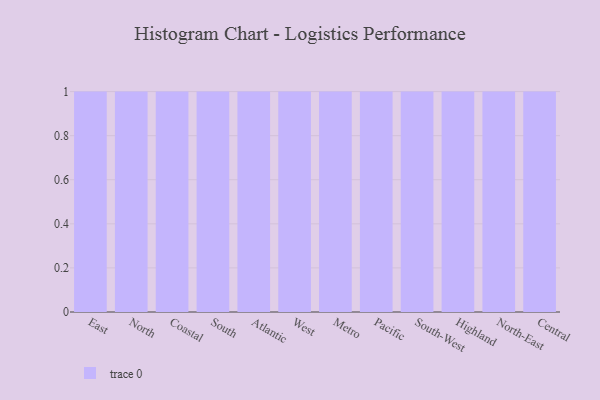
{"axis": {"x": "Region", "y": "Headcount"}, "legend": [""], "data": [{"x": "East", "y": 69, "type": ""}, {"x": "North", "y": 28, "type": ""}, {"x": "Coastal", "y": 93, "type": ""}, {"x": "South", "y": 58, "type": ""}, {"x": "Atlantic", "y": 60, "type": ""}, {"x": "West", "y": 67, "type": ""}, {"x": "Metro", "y": 5, "type": ""}, {"x": "Pacific", "y": 82, "type": ""}, {"x": "South-West", "y": 8, "type": ""}, {"x": "Highland", "y": 90, "type": ""}, {"x": "North-East", "y": 65, "type": ""}, {"x": "Central", "y": 75, "type": ""}]}